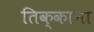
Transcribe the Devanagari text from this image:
तिक्काना